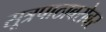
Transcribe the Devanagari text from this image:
सूत्रपाठाबरोबर